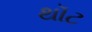
થૉટ